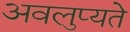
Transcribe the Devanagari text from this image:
अवलुप्यते